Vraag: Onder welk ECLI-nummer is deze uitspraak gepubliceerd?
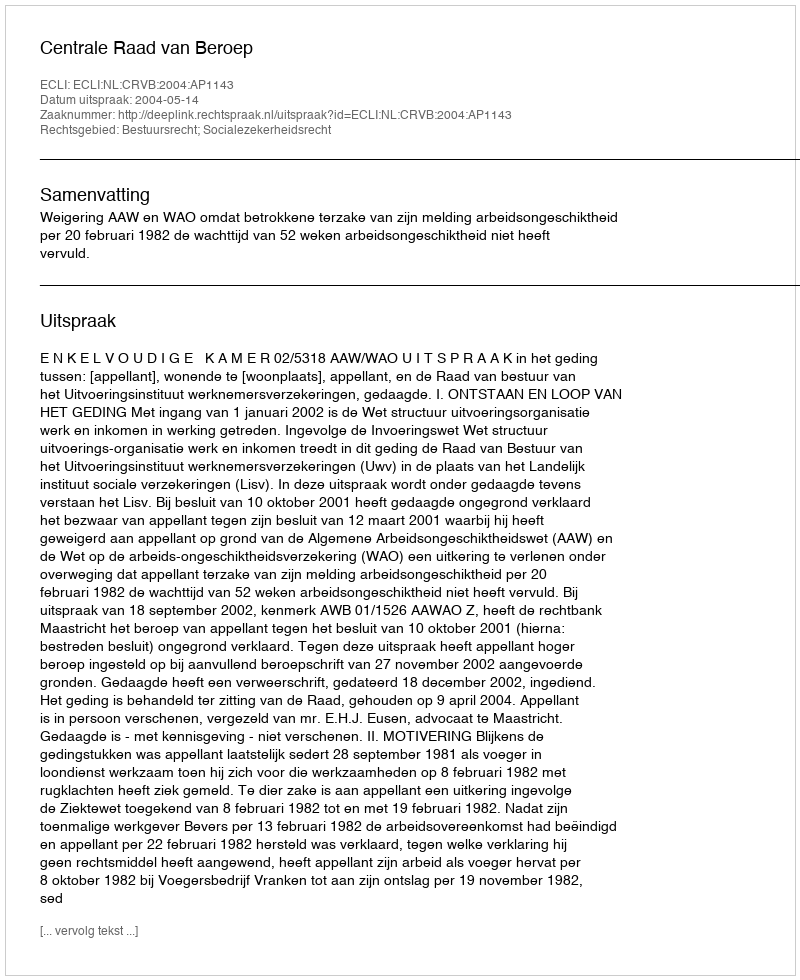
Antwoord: ECLI:NL:CRVB:2004:AP1143